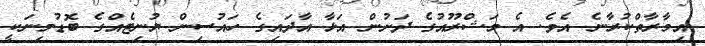
އިމާރާތްކުރާނެ އެވެ. އެ މަޝްރޫއުގެ ދަށުން އަޅާ އާދައިގެ ހައުސިން ޔުނިޓެއްގެ ބޮޑުމިނަކީ